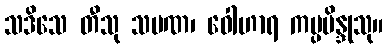
သဒိသေ တီသု သမဏ၊ ဝေါဟာရ ကပ္ပဗိန္ဒုသု။